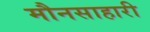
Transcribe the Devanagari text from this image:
मौनसाहारी